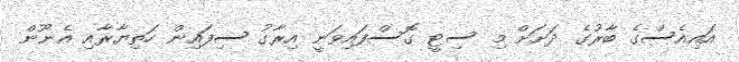
އައިއެސްގެ ބާރުގެ ދަށަށް މި ސިޓީ ގޮސްފައިވަނީ އިރާގު ސިފައިން ހަތިޔާރާއި އެނޫން